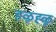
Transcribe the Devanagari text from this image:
हळूह्ळू